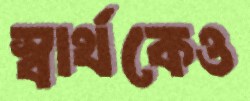
স্বার্থকেও